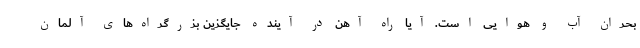
بحران آب و هوایی است. آیا راه آهن در آینده جایگزین بزرگراه‌های آلمان